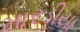
મારડીયા